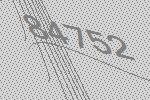
84752